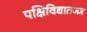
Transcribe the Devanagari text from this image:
पक्षिविद्यातज्ज्ञ